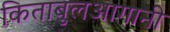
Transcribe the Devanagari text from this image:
किताबुलआगानी